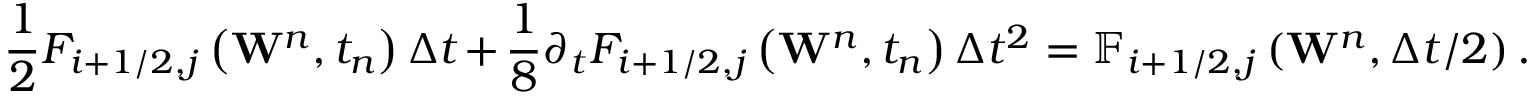
\frac { 1 } { 2 } { { F } _ { i + 1 / 2 , j } } \left( { { \mathbf { W } } ^ { n } } , { { t } _ { n } } \right) \Delta t + \frac { 1 } { 8 } { { \partial } _ { t } } { { F } _ { i + 1 / 2 , j } } \left( { { \mathbf { W } } ^ { n } } , { { t } _ { n } } \right) \Delta { { t } ^ { 2 } } = { { \mathbb { F } } _ { i + 1 / 2 , j } } \left( { { \mathbf { W } } ^ { n } } , \Delta t / 2 \right) .